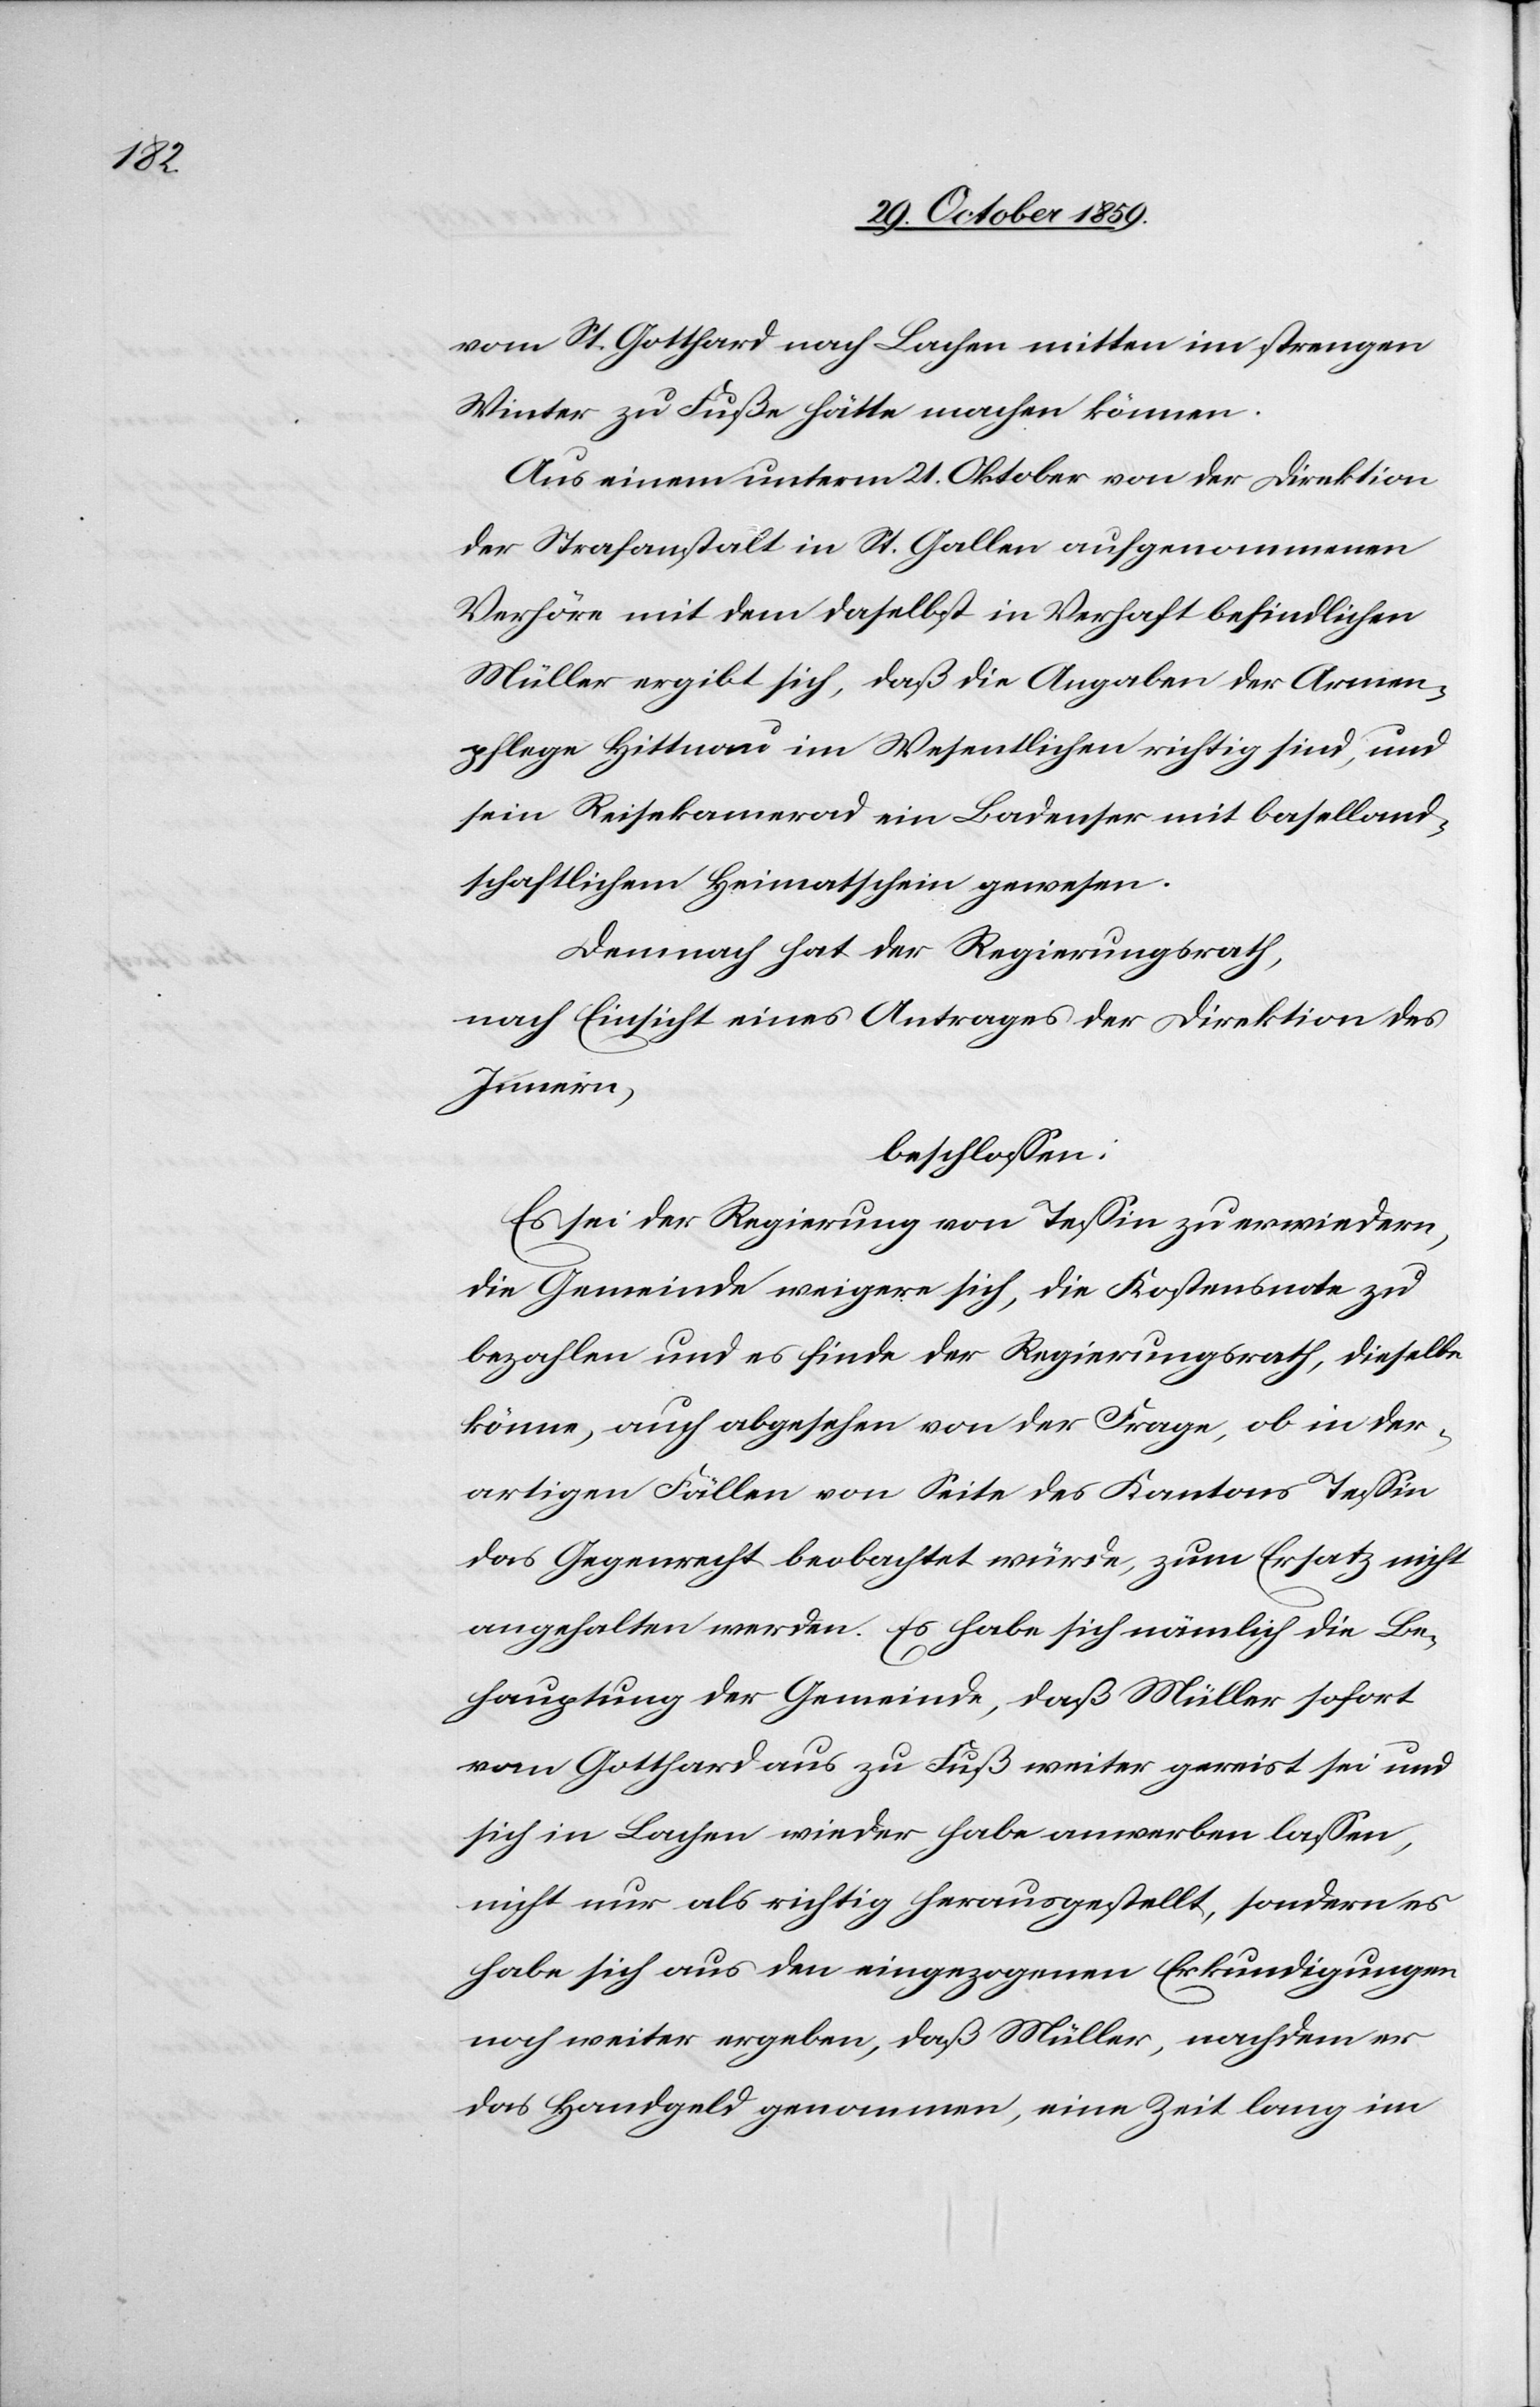
vom St. Gotthard nach Lachen mitten im strengen
Winter zu Fuße hätte machen können.
Aus einem unterm 21. Oktober von der Direktion
der Strafanstalt in St. Gallen aufgenommenen
Verhör mit dem daselbst in Verhaft befindlichen
Müller ergibt sich, daß die Angaben der Armen¬
pflege Hittnau im Wesentlichen richtig sind, und
sein Reisekamerad ein Badenser mit baselland¬
schaftlichem Heimatschein gewesen.
Demnach hat der Regierungsrath,
nach Einsicht eines Antrages der Direktion des
Innern,
beschlossen:
Es sei der Regierung von Tessin zu erwiedern,
die Gemeinde weigere sich, die Kostensnote zu
bezahlen und es finde der Regierungsrath, dieselbe
könne, auch abgesehen von der Frage, ob in der¬
artigen Fällen von Seite des Kantons Tessin
das Gegenrecht beobachtet würde, zum Ersatz nicht
angehalten werden. Es habe sich nämlich die Be¬
hauptung der Gemeinde, daß Müller sofort
vom Gotthard aus zu Fuß weiter gereist sei und
sich in Lachen wieder habe anwerben lassen,
nicht nur als richtig herausgestellt, sondern es
habe sich aus den eingezogenen Erkundigungen
noch weiter ergeben, daß Müller, nachdem er
das Handgeld genommen, eine Zeit lang im